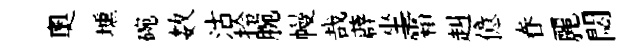
奥壎碗数沽拎腕幔哉薜坐霜赳億眷麗閟